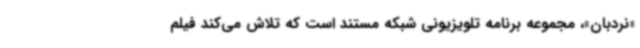
«نردبان»، مجموعه برنامه تلویزیونی شبکه مستند است که تلاش می‌کند فیلم